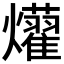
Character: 𤒽